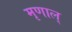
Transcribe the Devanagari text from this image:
मृणाल्